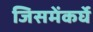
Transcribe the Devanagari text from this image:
जिसमेंकर्घे